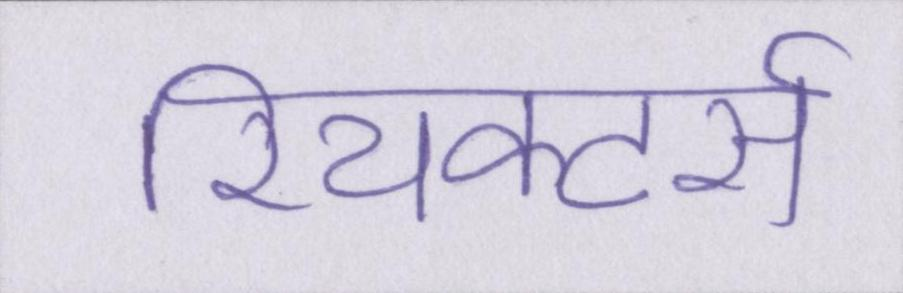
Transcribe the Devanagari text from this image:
रियक्टर्स